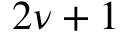
2 \nu + 1